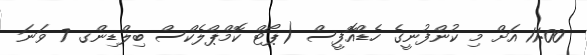
11:00 އަށް މި ކުންފުނީގެ ހެޑްއޮފީސް (ޕޯޓް ކޮމްޕްލެކްސް ބިލްޑިންގ 7 ވަނަ